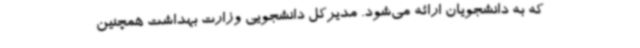
که به دانشجویان ارائه می‌شود. مدیرکل دانشجویی وزارت بهداشت همچنین